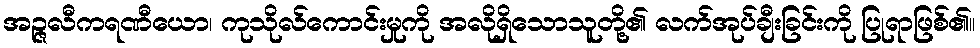
အဉ္ဇလီကရဏီယော၊ ကုသိုလ်ကောင်းမှုကို အလိုရှိသောသူတို့၏ လက်အုပ်ချီးခြင်းကို ပြုရာဖြစ်၏။